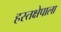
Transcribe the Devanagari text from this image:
हस्तक्षेपाला